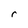
Character: r